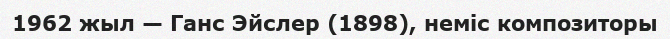
1962 жыл — Ганс Эйслер (1898), неміс композиторы